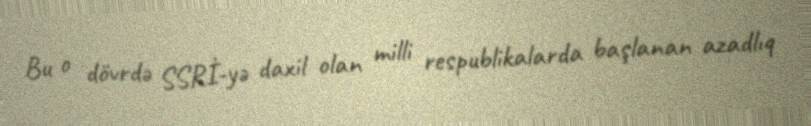
Bu o dövrdə SSRİ-yə daxil olan milli respublikalarda başlanan azadlıq